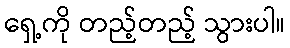
ရှေ့ကို တည့်တည့် သွားပါ။